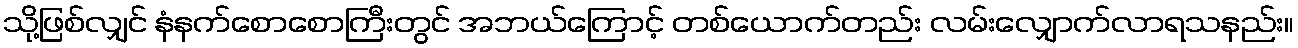
သို့ဖြစ်လျှင် နံနက်စောစောကြီးတွင် အဘယ်ကြောင့် တစ်ယောက်တည်း လမ်းလျှောက်လာရသနည်း။